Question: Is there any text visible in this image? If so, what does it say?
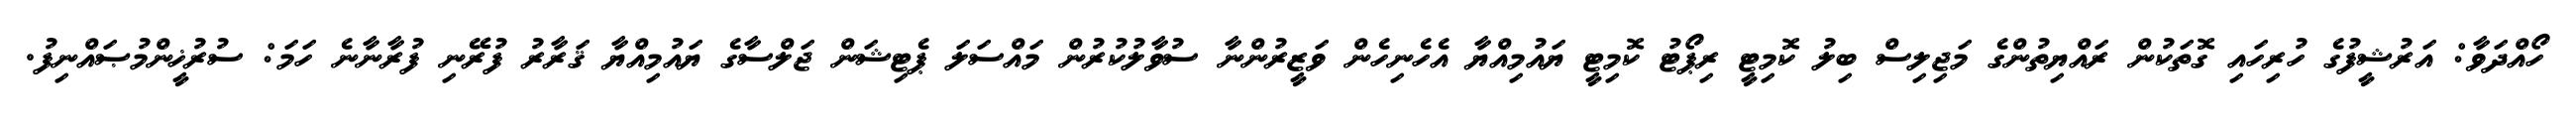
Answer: ހޯއްދަވާ: އަރުޝީފުގެ ހުރިހައި ގޮތަކުން ރައްޔިތުންގެ މަޖިލިސް ބިލު ކޮމިޓީ ރިޕޯޓު ކޮމިޓީ ޔައުމިއްޔާ އެހެނިހެން ވަޒީރުންނާ ސުވާލުކުރުން މައްސަލަ ޕެޓިޝަން ޖަލްސާގެ ޔައުމިއްޔާ ޤަރާރު ފުރޭނި ފުރާނާނެ ހަމަ: ސުރުޚީންމުޞައްނިފު.